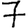
Digit: 7